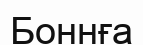
Боннға